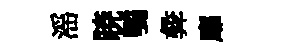
滛暁鶚彜靡